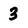
Character: 3